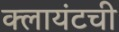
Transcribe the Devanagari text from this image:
क्लायंटची